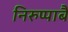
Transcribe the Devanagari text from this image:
निरुप्पाबै